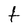
Character: T